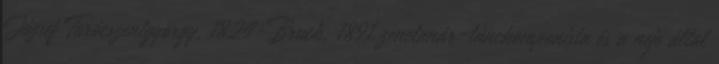
József Turócszentgyörgy, 1824-Bruck, 1891 zenetanár-tánckomponista és a neje által